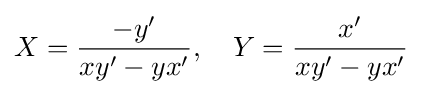
X={\frac {-y'}{xy'-yx'}},\quad Y={\frac {x'}{xy'-yx'}}